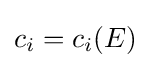
c_{i}=c_{i}(E)